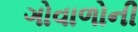
ગોવાળોની